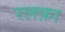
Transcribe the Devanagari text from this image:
रलफ़ा